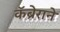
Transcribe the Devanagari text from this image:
कॅब्रेराने